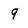
Character: 9